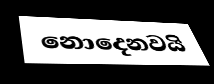
නොදෙනවයි